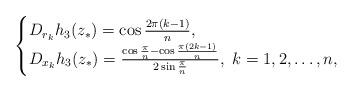
LaTeX: \begin{align*} \begin{cases} D_{r_k}h_3(z_*)=\cos \frac{2\pi(k-1)}{n},\\ D_{x_k}h_3(z_*)=\frac{\cos \frac{\pi}{n}-\cos \frac{\pi(2k-1)}{n}}{2 \sin \frac{\pi}{n}}, \ k=1,2,\ldots,n, \end{cases}\end{align*}